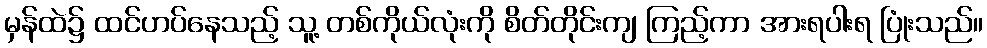
မှန်ထဲ၌ ထင်ဟပ်နေသည့် သူ့ တစ်ကိုယ်လုံးကို စိတ်တိုင်းကျ ကြည့်ကာ အားရပါးရ ပြုံးသည်။